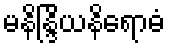
မနိန္ဒြိယနိရောဓံ